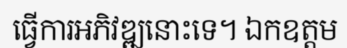
ធ្វើការអភិវឌ្ឍនោះទេ។ ឯកឧត្តម